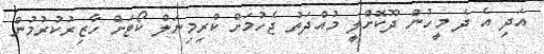
އަދި އެ ދެ މީހުން ދޫކޮށްލީ މުއްދަތު ޖެހުމަށް ކްރިމިނަލް ކޯޓަށް ހާޒިރުކުރުމުން